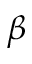
\beta